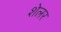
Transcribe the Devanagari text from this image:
शेलर